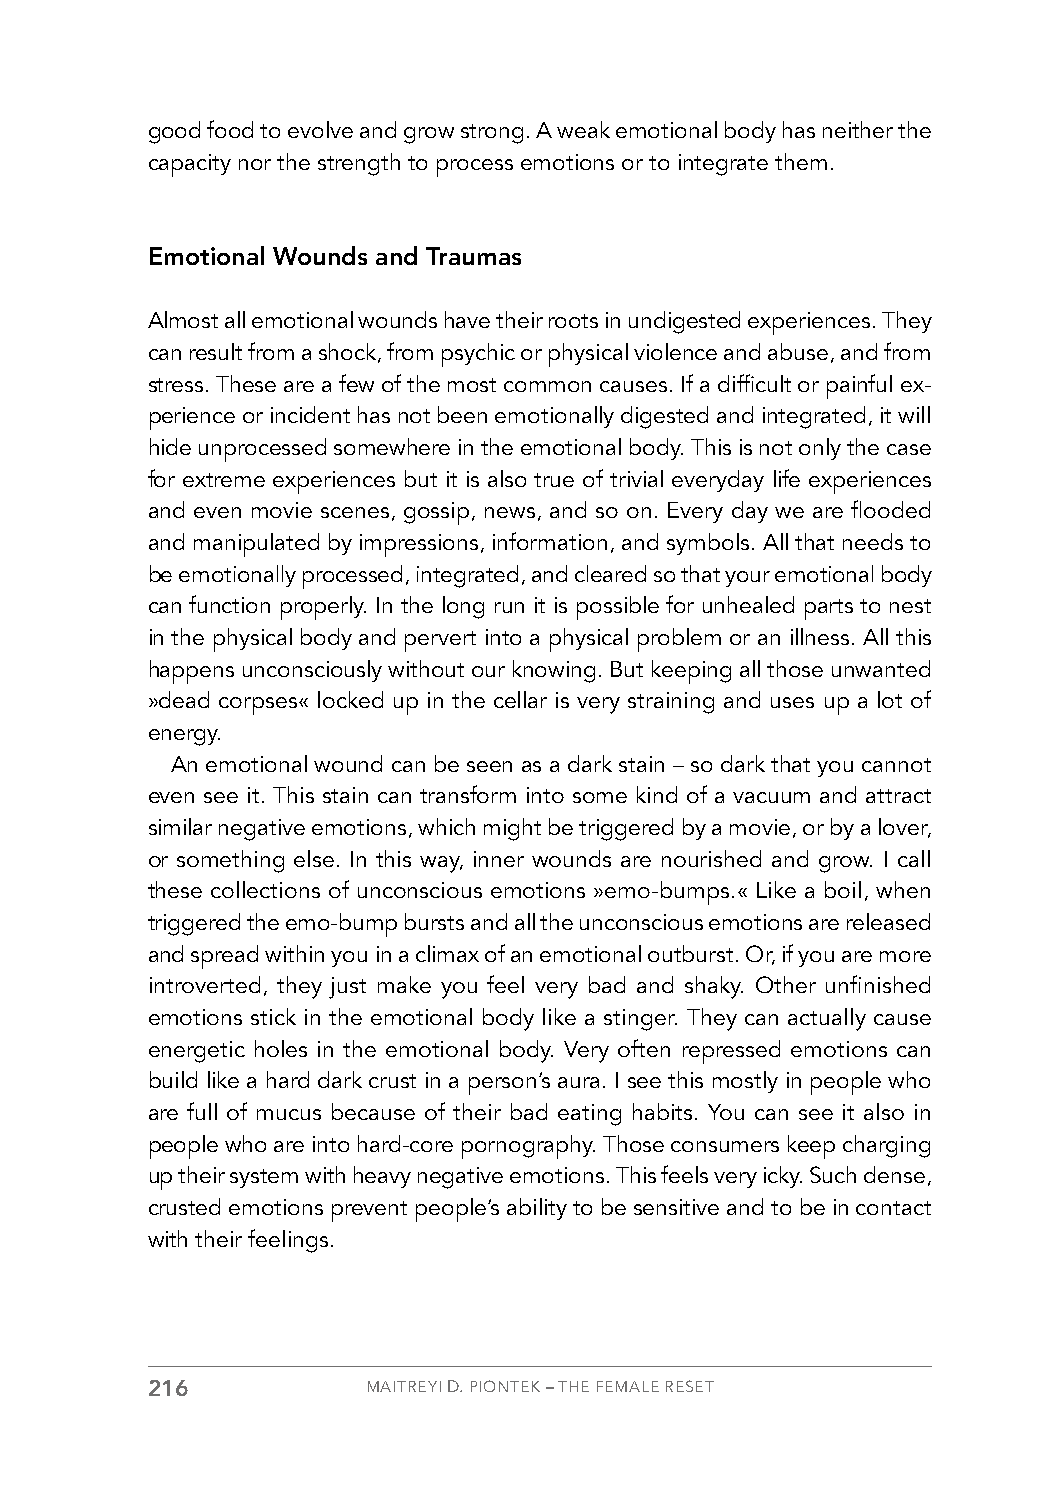
good food to evolve and grow strong. A weak emotional body has neither the
 capacity nor the strength to process emotions or to integrate them.
 Emotional Wounds and Traumas
 Almost all emotional wounds have their roots in undigested experiences. They
 can result from a shock, from psychic or physical violence and abuse, and from
 stress. These are a few of the most common causes. If a difficult or painful ex-
 perience or incident has not been emotionally digested and integrated, it will
 hide unprocessed somewhere in the emotional body. This is not only the case
 for extreme experiences but it is also true of trivial everyday life experiences
 and even movie scenes, gossip, news, and so on. Every day we are flooded
 and manipulated by impressions, information, and symbols. All that needs to
 be emotionally processed, integrated, and cleared so that your emotional body
 can function properly. In the long run it is possible for unhealed parts to nest
 in the physical body and pervert into a physical problem or an illness. All this
 happens unconsciously without our knowing. But keeping all those unwanted
 »dead corpses« locked up in the cellar is very straining and uses up a lot of
 energy.
 An emotional wound can be seen as a dark stain – so dark that you cannot
 even see it. This stain can transform into some kind of a vacuum and attract
 similar negative emotions, which might be triggered by a movie, or by a lover,
 or something else. In this way, inner wounds are nourished and grow. I call
 these collections of unconscious emotions »emo-bumps.« Like a boil, when
 triggered the emo-bump bursts and all the unconscious emotions are released
 and spread within you in a climax of an emotional outburst. Or, if you are more
 introverted, they just make you feel very bad and shaky. Other unfinished
 emotions stick in the emotional body like a stinger. They can actually cause
 energetic holes in the emotional body. Very often repressed emotions can
 build like a hard dark crust in a person’s aura. I see this mostly in people who
 are full of mucus because of their bad eating habits. You can see it also in
 people who are into hard-core pornography. Those consumers keep charging
 up their system with heavy negative emotions. This feels very icky. Such dense,
 crusted emotions prevent people’s ability to be sensitive and to be in contact
 with their feelings.
 216           MAITREYI D. PIONTEK – THE FEMALE RESET